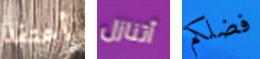
أعتقد أتنازل فضلكم